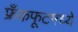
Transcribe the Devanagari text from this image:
फ्रँकफूटमध्ये